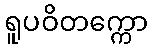
ရူပဝိတက္ကော